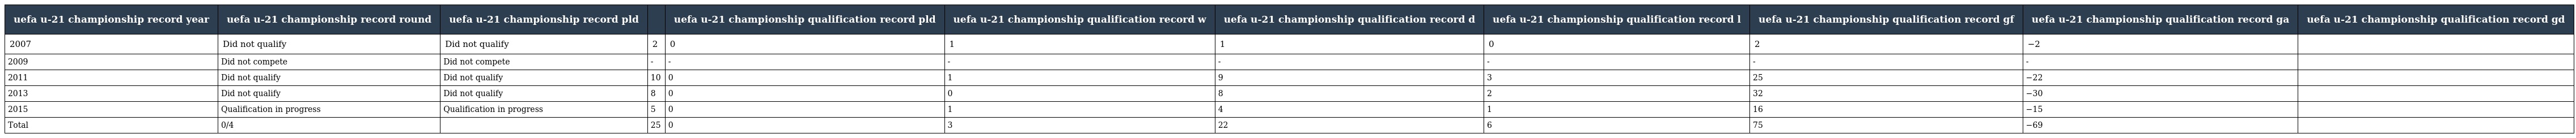
| uefa u-21 championship record year | uefa u-21 championship record round | uefa u-21 championship record pld |  | uefa u-21 championship qualification record pld | uefa u-21 championship qualification record w | uefa u-21 championship qualification record d | uefa u-21 championship qualification record l | uefa u-21 championship qualification record gf | uefa u-21 championship qualification record ga | uefa u-21 championship qualification record gd |
 | --- | --- | --- | --- | --- | --- | --- | --- | --- | --- | --- |
 | 2007 | Did not qualify | Did not qualify | 2 | 0 | 1 | 1 | 0 | 2 | −2 |  |
 | 2009 | Did not compete | Did not compete | - | - | - | - | - | - | - |  |
 | 2011 | Did not qualify | Did not qualify | 10 | 0 | 1 | 9 | 3 | 25 | −22 |  |
 | 2013 | Did not qualify | Did not qualify | 8 | 0 | 0 | 8 | 2 | 32 | −30 |  |
 | 2015 | Qualification in progress | Qualification in progress | 5 | 0 | 1 | 4 | 1 | 16 | −15 |  |
 | Total | 0/4 |  | 25 | 0 | 3 | 22 | 6 | 75 | −69 |  |